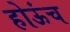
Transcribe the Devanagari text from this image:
होऊंच